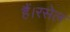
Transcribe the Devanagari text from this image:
हैं।रसेल